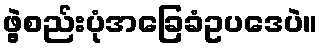
ဖွဲ့စည်းပုံအခြေခံဥပဒေပဲ။